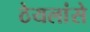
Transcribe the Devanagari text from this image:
ठेयलांसे